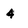
Character: 4